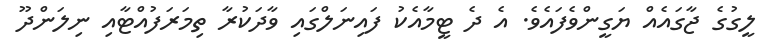
ލީގުގެ ޖާގައެއް ޔަގީންވެފައެވެ. އެ ދެ ޓީމާއެކު ފައިނަލްގައި ވާދަކުރާ ތިމަރަފުއްޓާއި ނިލަންދޫ